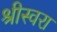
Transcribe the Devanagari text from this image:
श्रीस्वरा